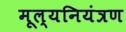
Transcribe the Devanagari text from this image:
मूल्यनियंत्रण